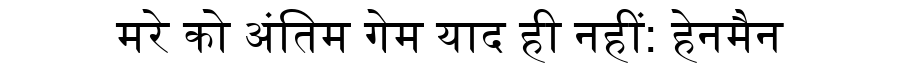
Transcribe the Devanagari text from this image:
मरे को अंतिम गेम याद ही नहीं: हेनमैन